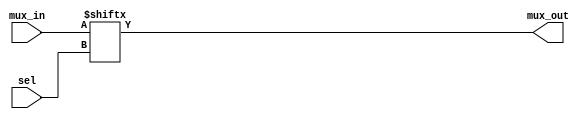
module mux_4_to_1(
  output mux_out,
  input [1:0] sel,
  input [3:0] mux_in
);

  assign mux_out = mux_in[sel];

endmodule

module mux_8_to_1(
  output mux_out,
  input [2:0] sel,
  input [7:0] mux_in
);

  assign mux_out = mux_in[sel];

endmodule

module demux_1_to_2_pol(
  input  mux_in,
  input  pol,
  input  sel,
  output [1:0] mux_out
);

  assign mux_out[0] = (mux_in & ~sel) ^ pol;
  assign mux_out[1] = (mux_in &  sel) ^ pol;

endmodule

module demux_1_to_4_pol(
  input  mux_in,
  input  pol,
  input  [1:0] sel,
  output [3:0] mux_out
);

  assign mux_out[0] = (mux_in &  ~sel[1] &~sel[0]) ^ pol;
  assign mux_out[1] = (mux_in &  ~sel[1] & sel[0]) ^ pol;
  assign mux_out[2] = (mux_in &   sel[1] &~sel[0]) ^ pol;
  assign mux_out[3] = (mux_in &   sel[1] & sel[0]) ^ pol;

endmodule

module demux_1_to_8_pol(
  input  mux_in,
  input  pol,
  input  [2:0] sel,
  output [7:0] mux_out
);

  assign mux_out[0] = (mux_in & ~sel[2] & ~sel[1] &~sel[0]) ^ pol;
  assign mux_out[1] = (mux_in & ~sel[2] & ~sel[1] & sel[0]) ^ pol;
  assign mux_out[2] = (mux_in & ~sel[2] &  sel[1] &~sel[0]) ^ pol;
  assign mux_out[3] = (mux_in & ~sel[2] &  sel[1] & sel[0]) ^ pol;
  assign mux_out[4] = (mux_in &  sel[2] & ~sel[1] &~sel[0]) ^ pol;
  assign mux_out[5] = (mux_in &  sel[2] & ~sel[1] & sel[0]) ^ pol;
  assign mux_out[6] = (mux_in &  sel[2] &  sel[1] &~sel[0]) ^ pol;
  assign mux_out[7] = (mux_in &  sel[2] &  sel[1] & sel[0]) ^ pol;

endmodule

module dff(
  input clk,
  input rst_n,
  input D,
  output reg Q
);
 
always @ (posedge(clk), negedge(rst_n))
  begin
    if (rst_n == 0)
      Q <= 1'b0;
    else
      Q <= D;
  end
 
endmodule

module clock_divider_by_2(
  input clk_in,
  input rst_n,
  output clk_out
);

  wire Q_int;

  dff ff0(.clk(clk_in),  .rst_n(rst_n),.D(~Q_int),.Q(Q_int));

  assign clk_out = Q_int;

endmodule

module clock_divider(
    input clk_in,
    input rst_n,
    input [2:0] div,
    output clk_out
  );

  wire [7:0] Q_int;

  dff ff0(.clk(clk_in),  .rst_n(rst_n),.D(~Q_int[0]),.Q(Q_int[0]));
  dff ff1(.clk(Q_int[0]),.rst_n(rst_n),.D(~Q_int[1]),.Q(Q_int[1]));
  dff ff2(.clk(Q_int[1]),.rst_n(rst_n),.D(~Q_int[2]),.Q(Q_int[2]));
  dff ff3(.clk(Q_int[2]),.rst_n(rst_n),.D(~Q_int[3]),.Q(Q_int[3]));
  dff ff4(.clk(Q_int[3]),.rst_n(rst_n),.D(~Q_int[4]),.Q(Q_int[4]));
  dff ff5(.clk(Q_int[4]),.rst_n(rst_n),.D(~Q_int[5]),.Q(Q_int[5]));
  dff ff6(.clk(Q_int[5]),.rst_n(rst_n),.D(~Q_int[6]),.Q(Q_int[6]));
  dff ff7(.clk(Q_int[6]),.rst_n(rst_n),.D(~Q_int[7]),.Q(Q_int[7]));

  mux_8_to_1 s0(
    .mux_out(clk_out),
    .sel(div),
    .mux_in(Q_int)
  );

endmodule

// ----------------------------------------------------------------
module  mux_2x1_1bit(
   input  in0,  // Mux first input
   input  in1,  // Mux Second input
   input  sel,    // Select input
   output wire mux_out // Mux output
);

  assign mux_out = (sel) ? in1 : in0;
endmodule 

// ----------------------------------------------------------------
module register_32bits (
    input clock, 
    input reset_n, 
    input [31:0] data_in,
    output reg [31:0] data_out
  ); 
 
  always @(posedge(clock) or negedge(reset_n)) 
    begin 
      if (reset_n == 1'b0) 
        data_out <= 32'h00000000; 
      else 
        data_out <= data_in; 
    end 
endmodule 

// ----------------------------------------------------------------

module shift_reg_9bits (  
  input clock,           // input for clock to all flops in the shift register
  input reset_n,         // input to reset the register to a default value
  input en,              // input for enable to switch the shift register on/off
  input d,               // input for data to the first flop in the shift register
  output reg [8:0] out  // output to read out the current value of all register bits
);
 
  always @ (posedge (clock) or negedge(reset_n))
    begin
      if(reset_n == 1'b0)
        out = 9'b000000000;
      else 
        begin
          if(en == 1'b1)
            out = {out[7:0], d};
          else
            out = out;
        end
    end

endmodule